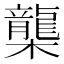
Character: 㰍